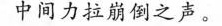
中间力拉崩倒之声。